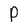
Character: P